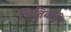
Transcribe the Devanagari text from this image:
भित्तिकेची